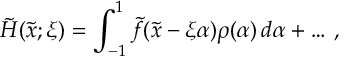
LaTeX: \tilde { H } ( \tilde { x } ; \xi ) = \int _ { - 1 } ^ { 1 } \tilde { f } ( \tilde { x } - \xi \alpha ) \rho ( \alpha ) \, d \alpha + \ldots \, ,